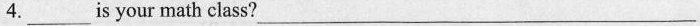
4.___is your math class___?